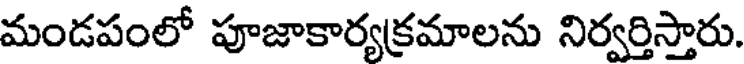
మండపంలో పూజాకార్యక్రమాలను నిర్వర్తిస్తారు.